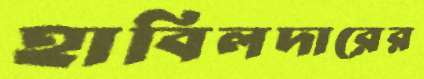
হাবিলদারের